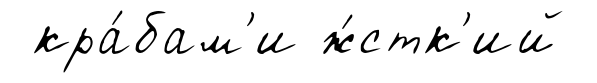
кра́бам'и ж́стк'ий